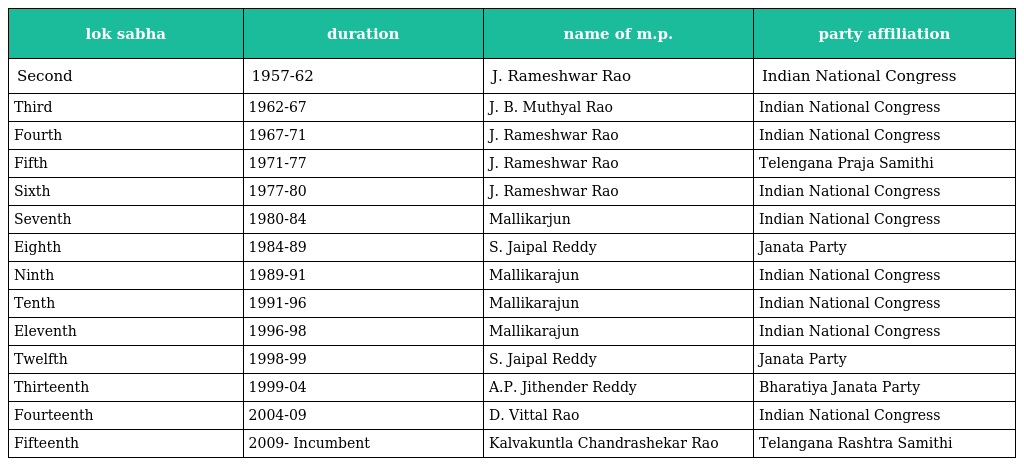
| lok sabha | duration | name of m.p. | party affiliation |
 | --- | --- | --- | --- |
 | Second | 1957-62 | J. Rameshwar Rao | Indian National Congress |
 | Third | 1962-67 | J. B. Muthyal Rao | Indian National Congress |
 | Fourth | 1967-71 | J. Rameshwar Rao | Indian National Congress |
 | Fifth | 1971-77 | J. Rameshwar Rao | Telengana Praja Samithi |
 | Sixth | 1977-80 | J. Rameshwar Rao | Indian National Congress |
 | Seventh | 1980-84 | Mallikarjun | Indian National Congress |
 | Eighth | 1984-89 | S. Jaipal Reddy | Janata Party |
 | Ninth | 1989-91 | Mallikarajun | Indian National Congress |
 | Tenth | 1991-96 | Mallikarajun | Indian National Congress |
 | Eleventh | 1996-98 | Mallikarajun | Indian National Congress |
 | Twelfth | 1998-99 | S. Jaipal Reddy | Janata Party |
 | Thirteenth | 1999-04 | A.P. Jithender Reddy | Bharatiya Janata Party |
 | Fourteenth | 2004-09 | D. Vittal Rao | Indian National Congress |
 | Fifteenth | 2009- Incumbent | Kalvakuntla Chandrashekar Rao | Telangana Rashtra Samithi |